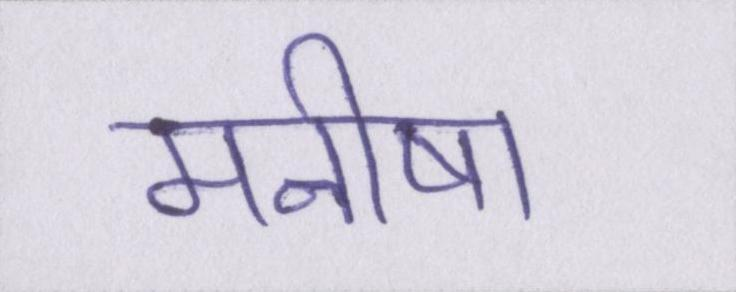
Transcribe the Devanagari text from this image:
मनीषा